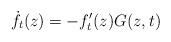
LaTeX: \begin{align*}\dot{f}_t (z) = - f_t'(z) G(z, t)\end{align*}